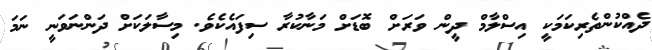
ދެއްކުންތެރިކަމަކީ އިސްލާމް ދީން ވަރަށް ބޮޑަށް މަނާކުރާ ސިފައެކެވެ. މިސާލަކަށް ދަންނަވަނީ ނަމަ